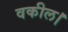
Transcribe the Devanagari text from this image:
वकील।